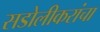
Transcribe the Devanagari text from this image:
सडोलीकरांचा